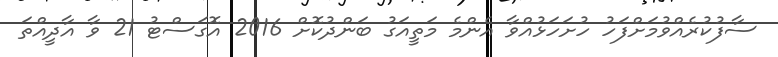
ސާފުކުރެއްވުމަށްފަހު ހުށަހަޅުއްވާ އެންމެ މަތީއަގު ބަންދުކޮށް 2016 އޮގަސްޓު 21 ވާ އާދީއްތަ